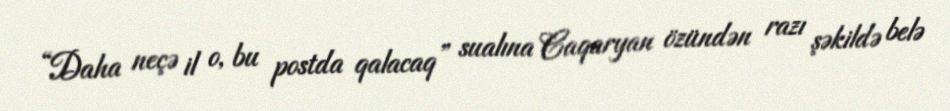
“Daha neçə il o, bu postda qalacaq” sualına Caqaryan özündən razı şəkildə belə